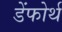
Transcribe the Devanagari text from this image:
डेंफोर्थ